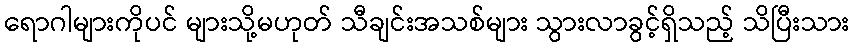
ရောဂါများကိုပင် များသို့မဟုတ် သီချင်းအသစ်များ သွားလာခွင့်ရှိသည့် သိပြီးသား